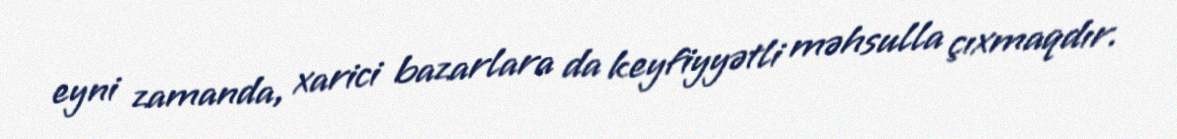
eyni zamanda, xarici bazarlara da keyfiyyətli məhsulla çıxmaqdır.